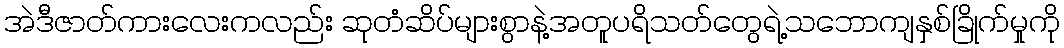
အဲဒီဇာတ်ကားလေးကလည်း ဆုတံဆိပ်များစွာနဲ့အတူပရိသတ်တွေရဲ့သဘောကျနှစ်ခြိုက်မှုကို